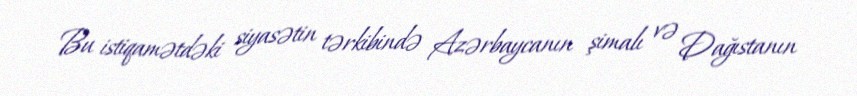
Bu istiqamətdəki siyasətin tərkibində Azərbaycanın şimalı və Dağıstanın